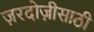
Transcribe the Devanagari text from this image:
ज़रदोज़ीसाठी